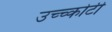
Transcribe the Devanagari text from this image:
उच्च्कोटी